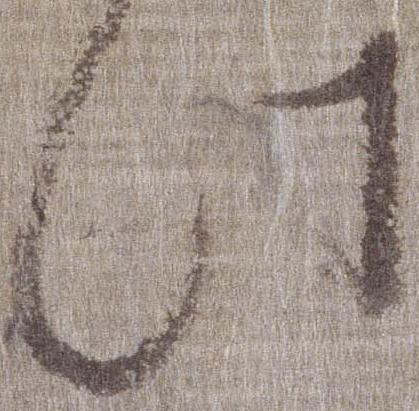
此